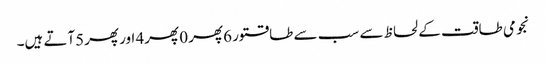
نجومی طاقت کے لحاظ سے سب سے طاقتور 6پھر 0 پھر4 اور پھر5آتے ہیں۔